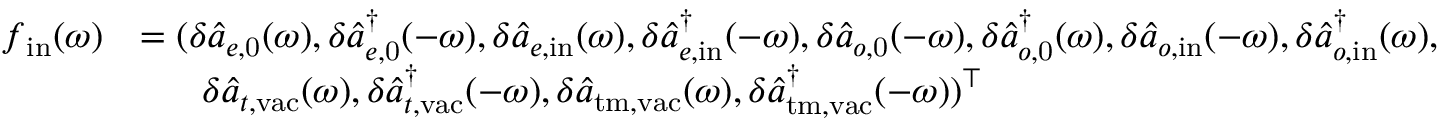
\begin{array} { r l } { \boldsymbol { f } _ { \mathrm { i n } } ( \omega ) } & { = ( \delta \hat { a } _ { e , \mathrm { 0 } } ( \omega ) , \delta \hat { a } _ { e , \mathrm { 0 } } ^ { \dagger } ( - \omega ) , \delta \hat { a } _ { e , \mathrm { i n } } ( \omega ) , \delta \hat { a } _ { e , \mathrm { i n } } ^ { \dagger } ( - \omega ) , \delta \hat { a } _ { o , \mathrm { 0 } } ( - \omega ) , \delta \hat { a } _ { o , \mathrm { 0 } } ^ { \dagger } ( \omega ) , \delta \hat { a } _ { o , \mathrm { i n } } ( - \omega ) , \delta \hat { a } _ { o , \mathrm { i n } } ^ { \dagger } ( \omega ) , } \\ & { \; \; \; \; \; \; \delta \hat { a } _ { t , \mathrm { v a c } } ( \omega ) , \delta \hat { a } _ { t , \mathrm { v a c } } ^ { \dagger } ( - \omega ) , \delta \hat { a } _ { \mathrm { t m , v a c } } ( \omega ) , \delta \hat { a } _ { \mathrm { t m , v a c } } ^ { \dagger } ( - \omega ) ) ^ { \top } } \end{array}